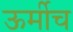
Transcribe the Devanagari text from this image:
ऊर्मीच